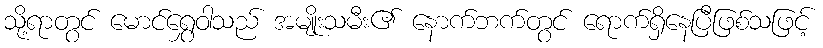
သို့ရာတွင် မောင်ရွှေဝါသည် အမျိုးသမီး၏ နောက်ဘက်တွင် ရောက်ရှိနေပြီဖြစ်သဖြင့်